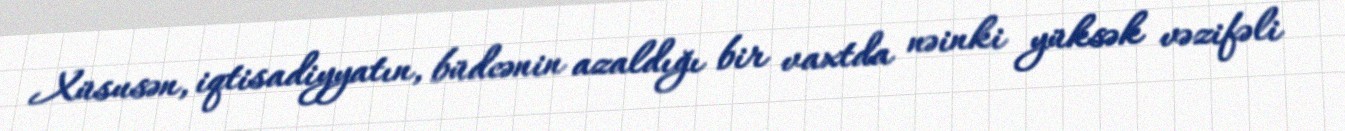
Xüsusən, iqtisadiyyatın, büdcənin azaldığı bir vaxtda nəinki yüksək vəzifəli